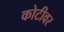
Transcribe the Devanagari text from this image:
कोटीवर